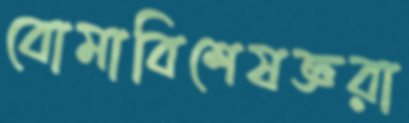
বোমাবিশেষজ্ঞরা